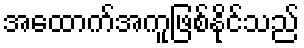
အထောက်အကူဖြစ်နိုင်သည်